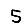
Digit: 5